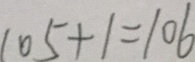
1 0 5 + 1 = 1 0 6